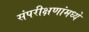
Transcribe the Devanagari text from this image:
संपरीक्षणांमध्ये